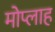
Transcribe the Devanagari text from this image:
मोप्लाह